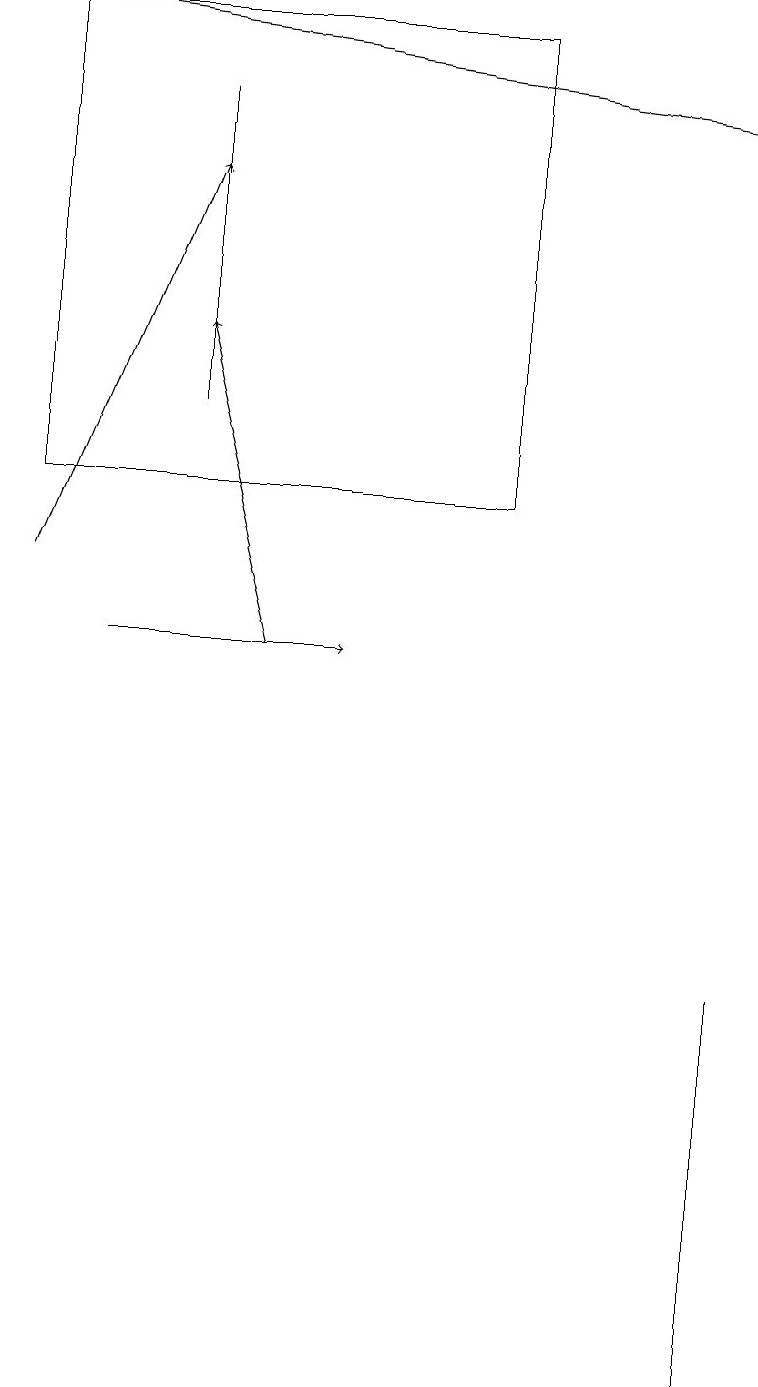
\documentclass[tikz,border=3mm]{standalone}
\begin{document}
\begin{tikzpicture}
\draw[->] (0,11) -- (2,16);
\draw[->] (3,10) -- (2,14);
\draw[->] (1,18) -- (9,17);
\draw (0,12) rectangle (6,18);
\draw (2,17) rectangle (2,13);
\draw (9,1) -- (9,6) -- (9,4) -- cycle;
\draw[->] (1,10) -- (4,10);
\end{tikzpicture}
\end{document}